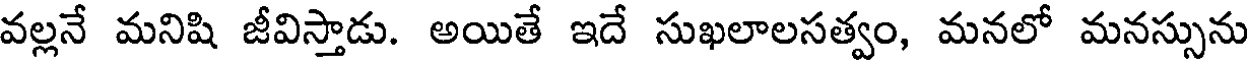
వల్లనే మనిషి జీవిస్తాడు. అయితే ఇదే సుఖలాలసత్వం, మనలో మనస్సును